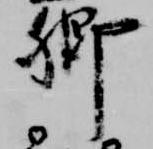
卿